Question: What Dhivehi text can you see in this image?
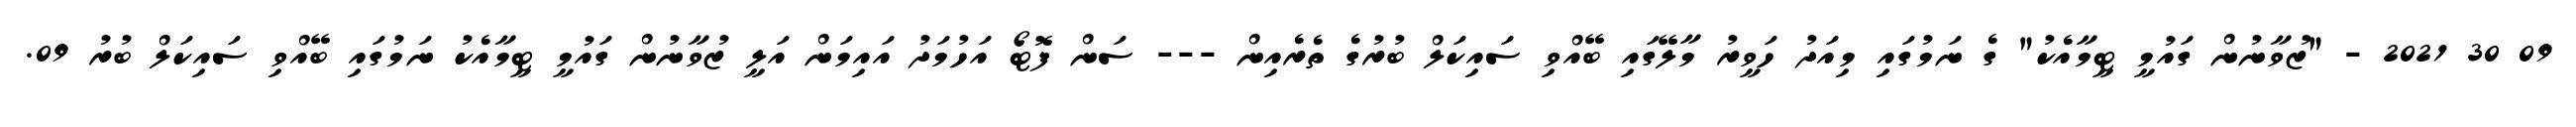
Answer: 09 30 2021 - "ޒުވާނުން ގައުމީ ޓީމާއެކު" ގެ ނަމުގައި މިއަދު ހަވީރު މާލޭގައި ބޭއްވި ސައިކަލް ބުރުގެ ތެރެއިން --- ސަން ފޮޓޯ އަހުމަދު އައިމަން އަލީ ޒުވާނުން ގައުމީ ޓީމާއެކު ނަމުގައި ބޭއްވި ސައިކަލް ބުރު 09.